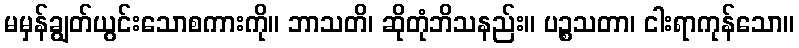
မမှန်ချွတ်ယွင်းသောစကားကို။ ဘာသတိ၊ ဆိုတုံဘိသနည်း။ ပဉ္စသတာ၊ ငါးရာကုန်သော။